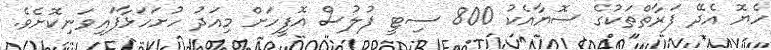
ހެޔޮ އެދޭ ފަރާތްތަކުގެ ސޮޔާއެކު 800 ސިޓީ ފުލުސް އޮފީހަށް މިއަދު ހުށަހަޅާފައިވަނިކޮށެވެ.